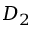
D _ { 2 }